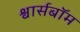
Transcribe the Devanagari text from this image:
श्वार्सबॉम